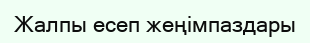
Жалпы есеп жеңімпаздары